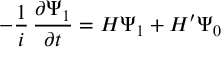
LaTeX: - { \frac { 1 } { i } } \, { \frac { \partial \Psi _ { 1 } } { \partial t } } = H \Psi _ { 1 } + H ^ { \prime } \Psi _ { 0 }